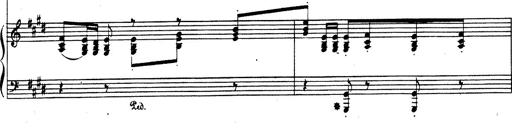
Title: Rhapsodie espagnole
Composer: Franz Liszt